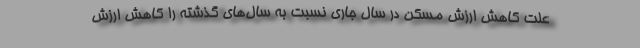
علت کاهش ارزش مسکن در سال جاری نسبت به سال‌های گذشته را کاهش ارزش